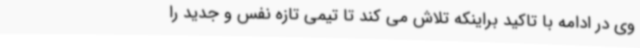
وی در ادامه با تاکید براینکه تلاش می کند تا تیمی تازه نفس و جدید را